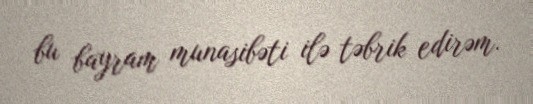
bu bayram munasibəti ilə təbrik edirəm.